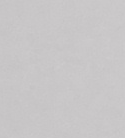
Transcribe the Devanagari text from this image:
इ